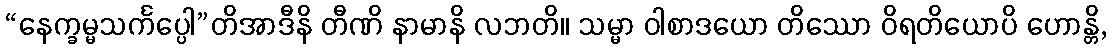
“နေက္ခမ္မသင်္ကပ္ပေါ”တိအာဒီနိ တီဏိ နာမာနိ လဘတိ။ သမ္မာ ဝါစာဒယော တိဿော ဝိရတိယောပိ ဟောန္တိ,